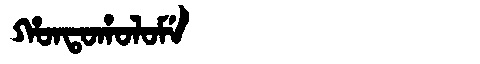
Manchu: ᡥᠣᠨᡨᠣᡥᠣᠯᠣᠮᡝ
Romanization: HONTOHOLOME